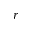
r